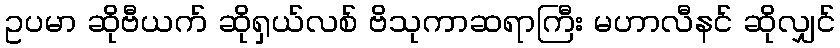
ဥပမာ ဆိုဗီယက် ဆိုရှယ်လစ် ဗိသုကာဆရာကြီး မဟာလီနင် ဆိုလျှင်